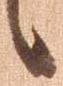
候